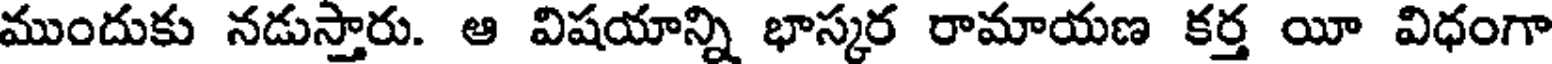
ముందుకు నడుస్తారు. ఆ విషయాన్ని భాస్కర రామాయణ కర్త యీ విధంగా